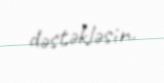
dəstəkləsin.